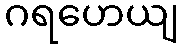
ဂရဟေယျ